Leaving Certificate Examination, 1924
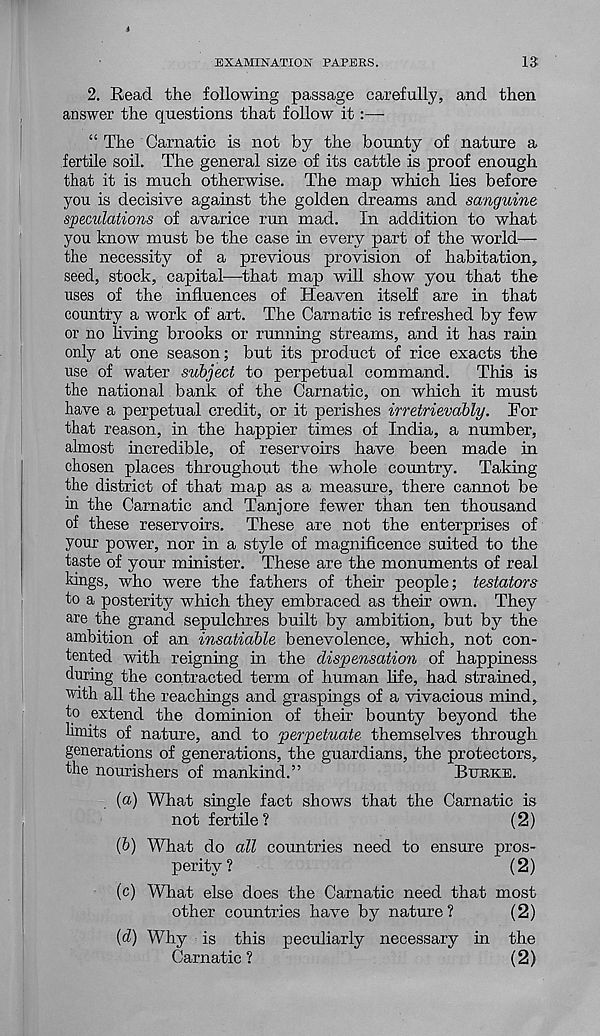
EXAMINATION PAPERS.
13
2. Read the following passage carefully, and then
answer the questions that follow it:—-
“ The Carnatic is not by the bounty of nature a
fertile soil. The general size of its cattle is proof enough
that it is much otherwise. The map which lies before
you is decisive against the golden dreams and sanguine
speculations of avarice run mad. In addition to what
you know must be the case in every part of the world—
the necessity of a previous provision of habitation,
seed, stock, capital—that map will show you that the
uses of the influences of Heaven itself are in that
country a work of art. The Carnatic is refreshed by few
or no living brooks or running streams, and it has rain
only at one season ; but its product of rice exacts the
use of water subject to perpetual command. This is
the national bank of the Carnatic, on which it must
have a perpetual credit, or it perishes irretrievably. For
that reason, in the happier times of India, a number,
almost incredible, of reservoirs have been made in
chosen places throughout the whole country. Taking
the district of that map as a measure, there cannot be
in the Carnatic and Tanjore fewer than ten thousand
of these reservoirs. These are not the enterprises of
your power, nor in a style of magnificence suited to the
taste of your minister. These are the monuments of real
kings, who were the fathers of their people; testators
to a posterity which they embraced as their own. They
are the grand sepulchres built by ambition, but by the
ambition of an insatiable benevolence, which, not con-
tented with reigning in the dispensation of happiness
(luring the contracted term of human life, had strained,
with all the reachings and graspings of a vivacious mind,
to extend the dominion of their bounty beyond the
limits of nature, and to perpetuate themselves through
generations of generations, the guardians, the protectors,
the nourishers of mankind.”
BURKE.
(a) What single fact shows that the Carnatic is
not fertile?
(2)
{b) What do all countries need to ensure pros-
perity?
(2)
(c) What else does the Carnatic need that most
other countries have by nature?
(2)
{d) Why is this peculiarly necessary in the
Carnatic?
(2)